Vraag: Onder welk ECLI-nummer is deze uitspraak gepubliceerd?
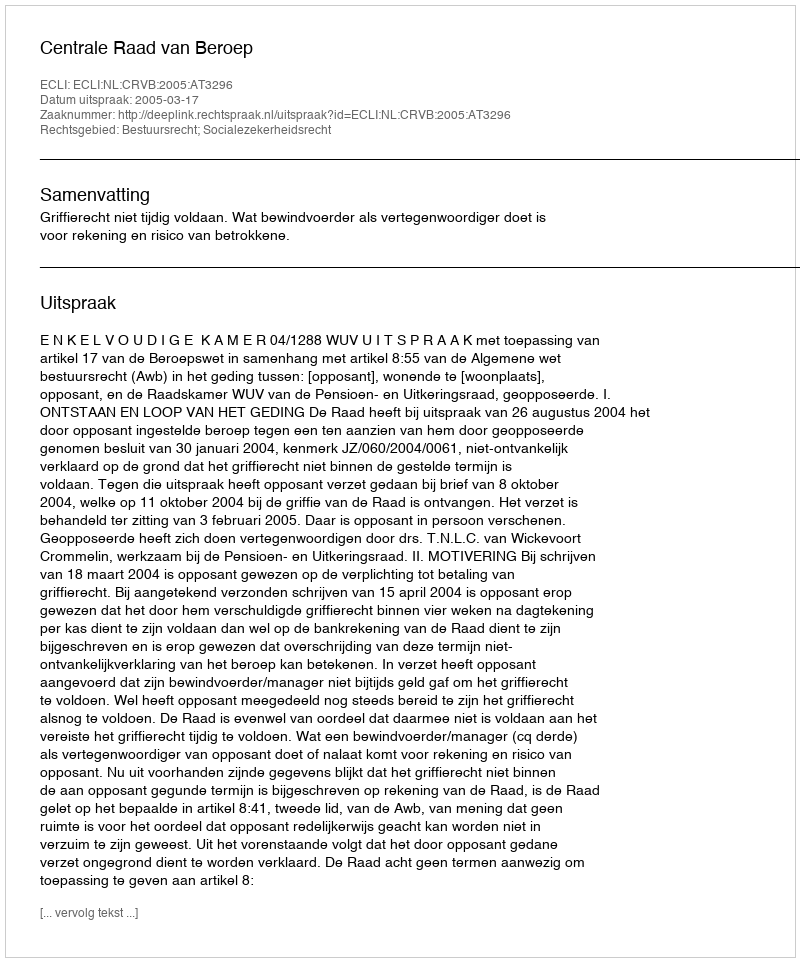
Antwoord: ECLI:NL:CRVB:2005:AT3296